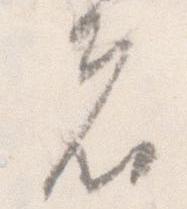
者